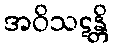
အဝိသဋန္တိ